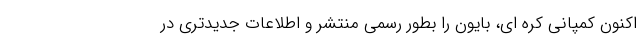
اکنون کمپانی کره ای، بایون را بطور رسمی منتشر و اطلاعات جدیدتری در